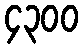
၄၃၀၀